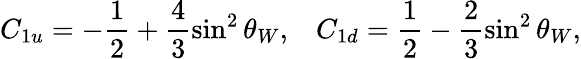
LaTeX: C_{1u}=-\frac{1}{2}+\frac{4}{3}\sin^{2}\theta_{W},\; \; \; C_{1d}=\frac{1}{2}-\frac{2}{3}\sin^{2}\theta_{W},